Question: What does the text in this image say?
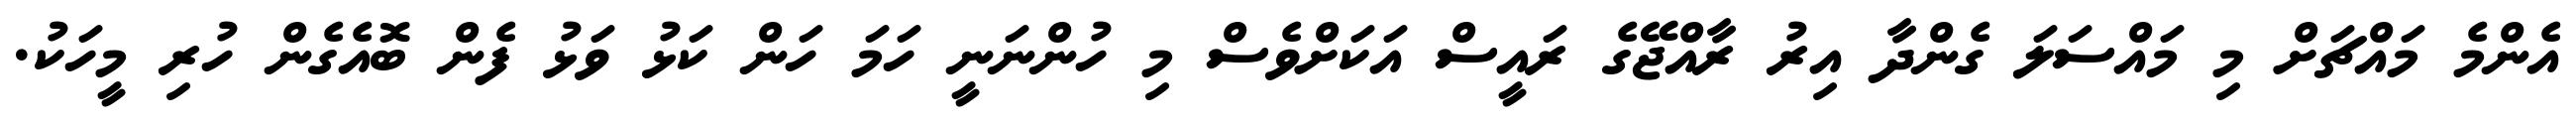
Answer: އެންމެ މައްޗަށް މި މައްސަލަ ގެންދާ އިރު ރާއްޖޭގެ ރައީސް އަކަށްވެސް މި ހުންނަނީ ހަމަ ހަން ކަޅު ވަޅު ފެން ބޮއެގެން ހުރި މީހަކު.